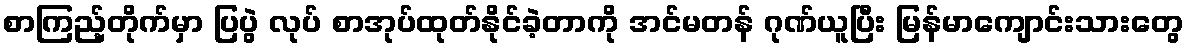
စာကြည့်တိုက်မှာ ပြပွဲ လုပ် စာအုပ်ထုတ်နိုင်ခဲ့တာကို အင်မတန် ဂုဏ်ယူပြီး မြန်မာကျောင်းသားတွေ